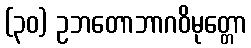
(၃၀) ဥဘတောဘာဂဝိမုတ္တော